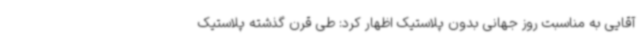
آقایی به مناسبت روز جهانی بدون پلاستیک اظهار کرد: طی قرن گذشته پلاستیک